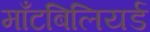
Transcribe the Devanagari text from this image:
माँटबिलियर्ड